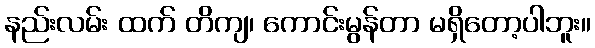
နည်းလမ်း ထက် တိကျ၊ ကောင်းမွန်တာ မရှိတော့ပါဘူး။